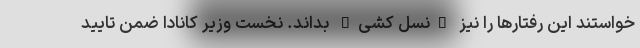
خواستند این رفتارها را نیز "نسل کشی" بداند. نخست وزیر کانادا ضمن تایید